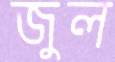
জুল